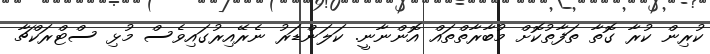
ކުރިން ކުރާ ގޮތާ ތަފާތުކޮށް މުބާރާތްތައް އޮންނާނީ. ކަލަންޑަރު ނެރޭއިރުގައިވެސް މުޅި ސްޓްރަކްޗާ